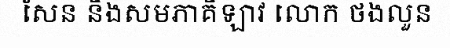
សែន និងសមភាគីឡាវ លោក ថងលួន